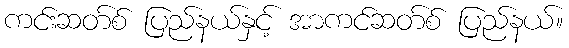
ကင်းဆတ်စ် ပြည်နယ်နှင့် အာကင်ဆတ်စ် ပြည်နယ်။